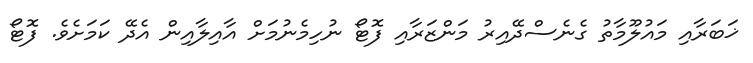
ޚަބަރާއި މައުލޫމާތު ގެނެސްދޭއިރު މަންޒަރާއި ފޮޓޯ ނުހިމެނުމަށް އާއިލާއިން އެދޭ ކަމަށެވެ. ފޮޓޯ